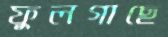
ফুলগাছে